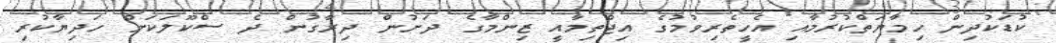
ކުޑަކުދިން ހިމާޔަތްކުރުމާއި އެހީތެރިވުމުގެ އިޖްތިމާއީ ޒިންމާގެ ދަށުން ދިރާގުން ދެ ސްކޫލަކަށް ހަދިޔާކުރި